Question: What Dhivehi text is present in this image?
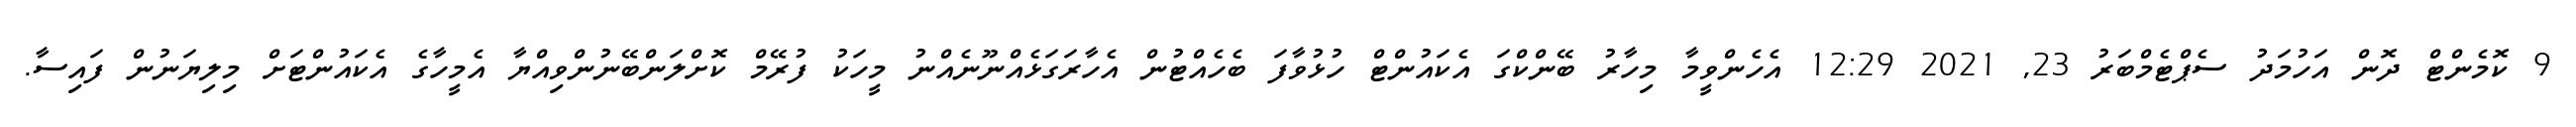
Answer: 9 ކޮމެންޓް ދޮން އަހުމަދު ސެޕްޓެމްބަރު 23, 2021 12:29 އެހެންވީމާ މިހާރު ބޭންކްގަ އެކައުންޓް ހުޅުވާފަ ބެހެއްޓުން އެހާރަގަޅެއްނޫނެއްނު މީހަކު ފުރޭމް ކޮށްލަންބޭނުންވިއްޔާ އެމީހާގެ އެކައުންޓަށް މިލިޔަނުން ފައިސާ.